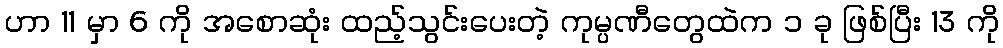
ဟာ 11 မှာ 6 ကို အစောဆုံး ထည့်သွင်းပေးတဲ့ ကုမ္ပဏီတွေထဲက ၁ ခု ဖြစ်ပြီး 13 ကို